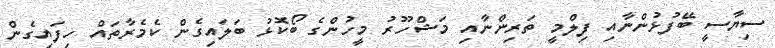
ސިޔާސީ ބޭފުޅުންނާއި ފިލްމީ ތަރިންނާއި މަޝްހޫރު މީހުންގެ ބޯކޮޅު ބަލައިގެން ކެމެރާތައް ހިފައިގެން